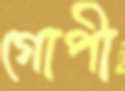
গোপী